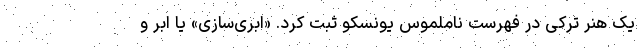
یک هنر تُرکی در فهرست ناملموس یونسکو ثبت کرد. «ابری‌سازی» یا ابر و